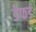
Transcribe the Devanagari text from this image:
डेफर्ड